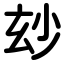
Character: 玅